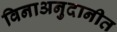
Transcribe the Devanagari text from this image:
विनाअनुदानीत